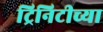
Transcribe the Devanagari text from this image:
ट्रिनिटीच्या